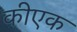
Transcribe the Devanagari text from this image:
कीएक